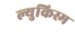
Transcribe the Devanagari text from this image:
ल्युकिस्म